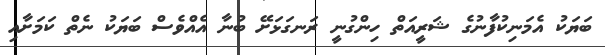
ބަޔަކު އެމަނިކުފާނުގެ ޝަރީއަތް ހިންގުނީ ރަނގަޅަށޭ ބުނާ އެއްވެސް ބަޔަކު ނެތް ކަމަށާއި